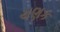
ચણક